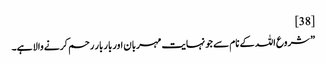
[38]
” شروع اللہ کے نام سے جو نہایت مہربان اور بار بار رحم کرنے والا ہے۔